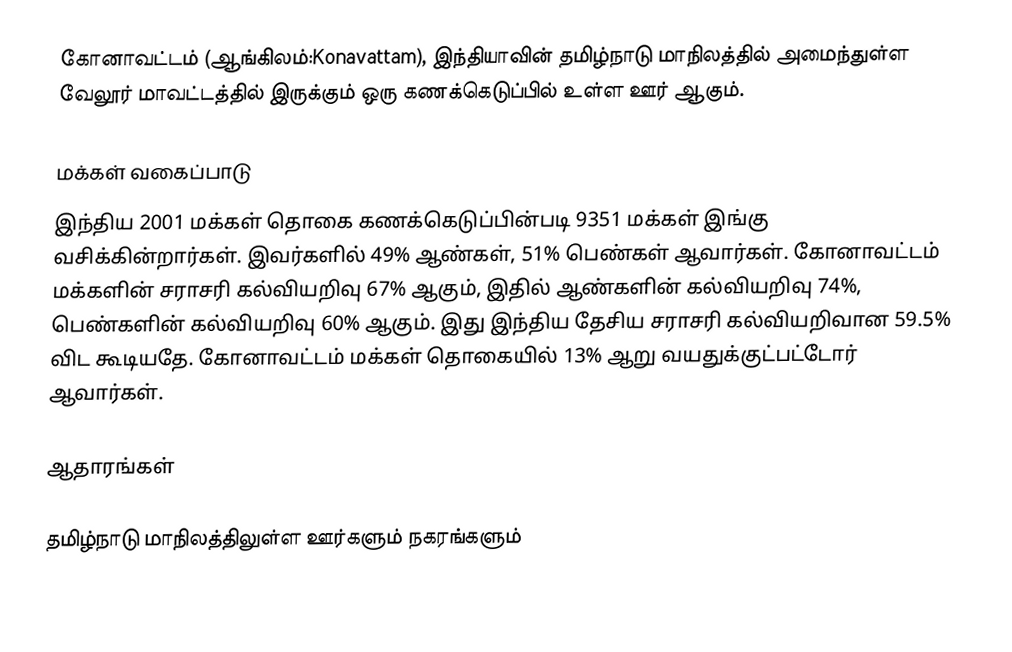
கோனாவட்டம் (ஆங்கிலம்:Konavattam), இந்தியாவின் தமிழ்நாடு மாநிலத்தில் அமைந்துள்ள வேலூர் மாவட்டத்தில் இருக்கும் ஒரு கணக்கெடுப்பில் உள்ள ஊர்  ஆகும்.

மக்கள் வகைப்பாடு
இந்திய 2001 மக்கள் தொகை கணக்கெடுப்பின்படி 9351 மக்கள் இங்கு வசிக்கின்றார்கள். இவர்களில் 49% ஆண்கள், 51% பெண்கள் ஆவார்கள். கோனாவட்டம் மக்களின் சராசரி கல்வியறிவு 67% ஆகும்,  இதில் ஆண்களின் கல்வியறிவு 74%,  பெண்களின் கல்வியறிவு 60% ஆகும். இது இந்திய தேசிய சராசரி கல்வியறிவான 59.5% விட கூடியதே. கோனாவட்டம் மக்கள் தொகையில் 13%  ஆறு வயதுக்குட்பட்டோர் ஆவார்கள்.

ஆதாரங்கள்

தமிழ்நாடு மாநிலத்திலுள்ள ஊர்களும் நகரங்களும்